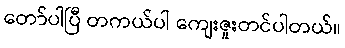
တော်ပါပြီ တကယ်ပါ ကျေးဇူးတင်ပါတယ်။